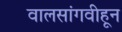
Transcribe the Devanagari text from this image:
वालसांगवीहून